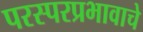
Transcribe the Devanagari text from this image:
परस्परप्रभावाचे